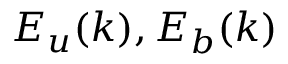
E _ { u } ( k ) , E _ { b } ( k )